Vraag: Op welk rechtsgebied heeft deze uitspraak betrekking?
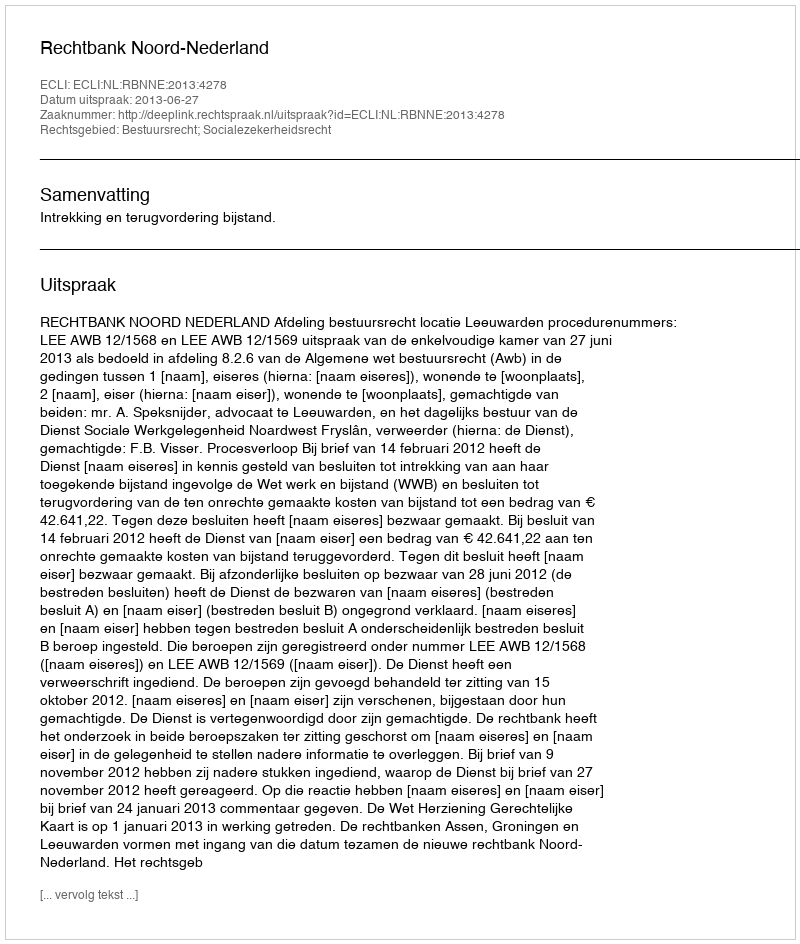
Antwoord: Bestuursrecht; Socialezekerheidsrecht